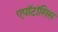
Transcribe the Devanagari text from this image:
एपॉटॉसिस